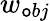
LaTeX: w_{\mathtt{o}bj}